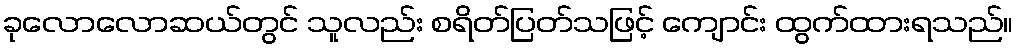
ခုလောလောဆယ်တွင် သူလည်း စရိတ်ပြတ်သဖြင့် ကျောင်း ထွက်ထားရသည်။